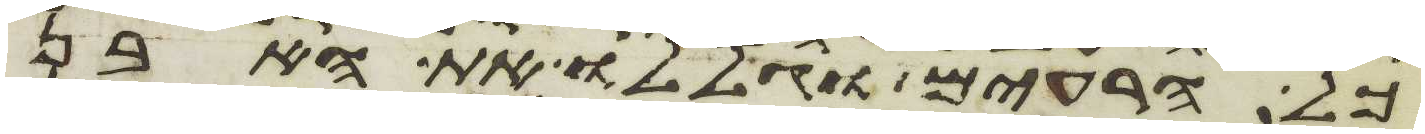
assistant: כל הרעים וגללו את האבן